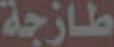
طازجة